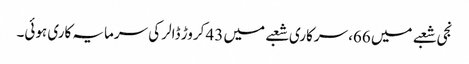
نجی شعبے میں 66، سرکاری شعبے میں 43 کروڑ ڈالر کی سرمایہ کاری ہوئی۔